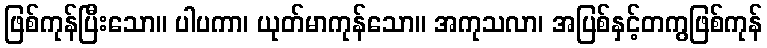
ဖြစ်ကုန်ပြီးသော။ ပါပကာ၊ ယုတ်မာကုန်သော။ အကုသလာ၊ အပြစ်နှင့်တကွဖြစ်ကုန်